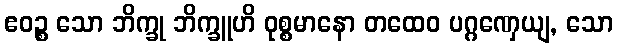
ဧဝဉ္စ သော ဘိက္ခု ဘိက္ခူဟိ ဝုစ္စမာနော တထေဝ ပဂ္ဂဏှေယျ, သော